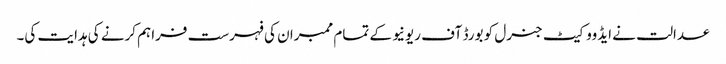
عدالت نے ایڈووکیٹ جنرل کو بورڈ آف ریونیو کے تمام ممبران کی فہرست فراہم کرنے کی ہدایت کی۔